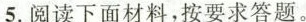
5.阅读下面材料，按要求答题。